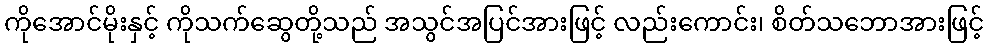
ကိုအောင်မိုးနှင့် ကိုသက်ဆွေတို့သည် အသွင်အပြင်အားဖြင့် လည်းကောင်း၊ စိတ်သဘောအားဖြင့်